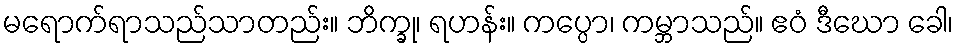
မရောက်ရာသည်သာတည်း။ ဘိက္ခု၊ ရဟန်း။ ကပ္ပော၊ ကမ္ဘာသည်။ ဧဝံ ဒီဃော ခေါ၊